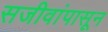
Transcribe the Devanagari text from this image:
सजीवांपासून